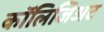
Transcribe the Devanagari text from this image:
कॉलिजिअट